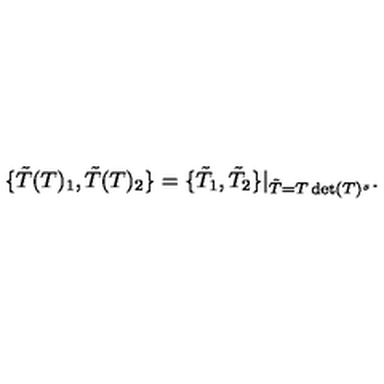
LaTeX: \{ \tilde { T } ( T ) _ { 1 } , \tilde { T } ( T ) _ { 2 } \} = \{ \tilde { T } _ { 1 } , \tilde { T } _ { 2 } \} | _ { \tilde { T } = T \det ( T ) ^ { s } } .